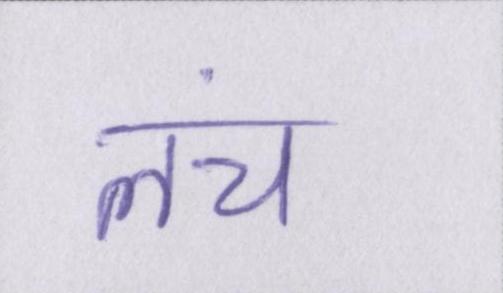
लंच